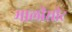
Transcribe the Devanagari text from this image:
मालीसीट